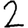
Digit: 2